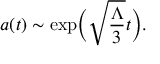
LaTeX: a ( t ) \sim \exp \biggl ( \sqrt { \frac { \Lambda } { 3 } } t \biggr ) .